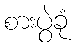
စားပွဲခုံ